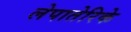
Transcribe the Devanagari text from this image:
लेपातेरिके